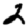
Digit: 2